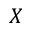
X